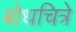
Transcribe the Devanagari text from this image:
बोधचित्रे